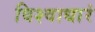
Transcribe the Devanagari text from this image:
विश्वाधारं